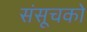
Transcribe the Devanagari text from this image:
संसूचको